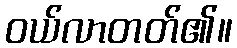
ဝယ်လာတတ်၏။